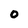
Character: 0